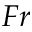
F r